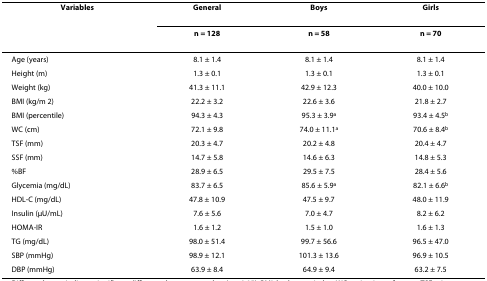
<table><thead><tr><td><b>Variables</b></td><td><b>General</b></td><td><b>Boys</b></td><td><b>Girls</b></td></tr><tr><td></td><td><b>n = 128</b></td><td><b>n = 58</b></td><td><b>n = 70</b></td></tr></thead><tbody><tr><td>Age (years)</td><td>8.1 ± 1.4</td><td>8.1 ± 1.4</td><td>8.1 ± 1.4</td></tr><tr><td>Height (m)</td><td>1.3 ± 0.1</td><td>1.3 ± 0.1</td><td>1.3 ± 0.1</td></tr><tr><td>Weight (kg)</td><td>41.3 ± 11.1</td><td>42.9 ± 12.3</td><td>40.0 ± 10.0</td></tr><tr><td>BMI (kg/m 2)</td><td>22.2 ± 3.2</td><td>22.6 ± 3.6</td><td>21.8 ± 2.7</td></tr><tr><td>BMI (percentile)</td><td>94.3 ± 4.3</td><td>95.3 ± 3.9<sup>a</sup></td><td>93.4 ± 4.5<sup>b</sup></td></tr><tr><td>WC (cm)</td><td>72.1 ± 9.8</td><td>74.0 ± 11.1<sup>a</sup></td><td>70.6 ± 8.4<sup>b</sup></td></tr><tr><td>TSF (mm)</td><td>20.3 ± 4.7</td><td>20.2 ± 4.8</td><td>20.4 ± 4.7</td></tr><tr><td>SSF (mm)</td><td>14.7 ± 5.8</td><td>14.6 ± 6.3</td><td>14.8 ± 5.3</td></tr><tr><td>%BF</td><td>28.9 ± 6.5</td><td>29.5 ± 7.5</td><td>28.4 ± 5.6</td></tr><tr><td>Glycemia (mg/dL)</td><td>83.7 ± 6.5</td><td>85.6 ± 5.9<sup>a</sup></td><td>82.1 ± 6.6<sup>b</sup></td></tr><tr><td>HDL-C (mg/dL)</td><td>47.8 ± 10.9</td><td>47.5 ± 9.7</td><td>48.0 ± 11.9</td></tr><tr><td>Insulin (μU/mL)</td><td>7.6 ± 5.6</td><td>7.0 ± 4.7</td><td>8.2 ± 6.2</td></tr><tr><td>HOMA-IR</td><td>1.6 ± 1.2</td><td>1.5 ± 1.0</td><td>1.6 ± 1.3</td></tr><tr><td>TG (mg/dL)</td><td>98.0 ± 51.4</td><td>99.7 ± 56.6</td><td>96.5 ± 47.0</td></tr><tr><td>SBP (mmHg)</td><td>98.9 ± 12.1</td><td>101.3 ± 13.6</td><td>96.9 ± 10.5</td></tr><tr><td>DBP (mmHg)</td><td>63.9 ± 8.4</td><td>64.9 ± 9.4</td><td>63.2 ± 7.5</td></tr></tbody></table>